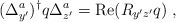
\begin{align*}(\Delta^a_{y'})^{\dagger} q \Delta^a_{z'} = \mbox{Re}(R_{y'z'}q)\; ,\end{align*}